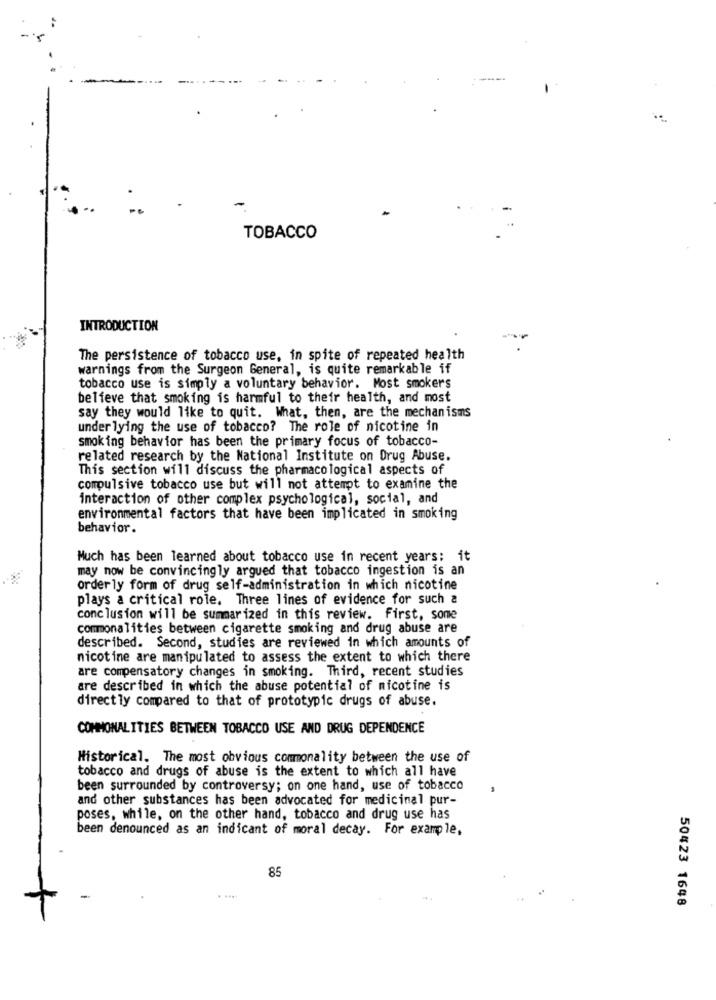
TOBACCO
INTRODUCTION
The persistence of tobacco use, in spite of repeated health
warnings from the Surgeon General, is quite remarkable if
tobacco use is simply a voluntary behavior. Most smokers
believe that smoking is harmful to their health, and most
say they would like to quit. What, then, are the mechanisms
under lying the use of tobacco? The role of nicotine in
smoking behavior has been the primary focus of tobacco-
related research by the National Institute on Drug Abuse.
This section will discuss the pharmacological aspects of
compulsive tobacco use but will not attempt to examine the
interaction of other complex psychological, social, and
environmental factors that have been implicated in smoking
behavior.
Much has been learned about tobacco use in recent years: it
may now be convincingly argued that tobacco ingestion is an
orderly form of drug self-administration in which nicotine
plays a critical role. Three lines of evidence for such a
conclusion will be summarized in this review. first, some
commonalities between cigarette smoking and drug abuse are
described. Second, studies are reviewed in which amounts of
nicotine are manipulated to assess the extent to which there
are compensatory changes in smoking. Third, recent studies
are described in which the abuse potential of nicotine is
directly compared to that of prototypic drugs of abuse.
COMMONALITIES BETWEEN TOBACCO USE AND DRUG DEPENDENCE
Historical. The most obvious commonality between the use of
tobacco and drugs of abuse is the extent to which all have
been surrounded by controversy; on one hand, use of tobacco
and other substances has been advocated for medicinal pur-
poses, while, on the other hand, tobacco and drug use has
been denounced as an indicant of moral decay. For example,
85
. ....
50423 1648